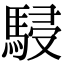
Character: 駸